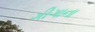
ગીગાના